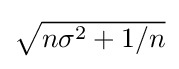
{\textstyle {\sqrt {n\sigma ^{2}+1/n}}}